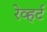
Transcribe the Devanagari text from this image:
रेव्हर्ट